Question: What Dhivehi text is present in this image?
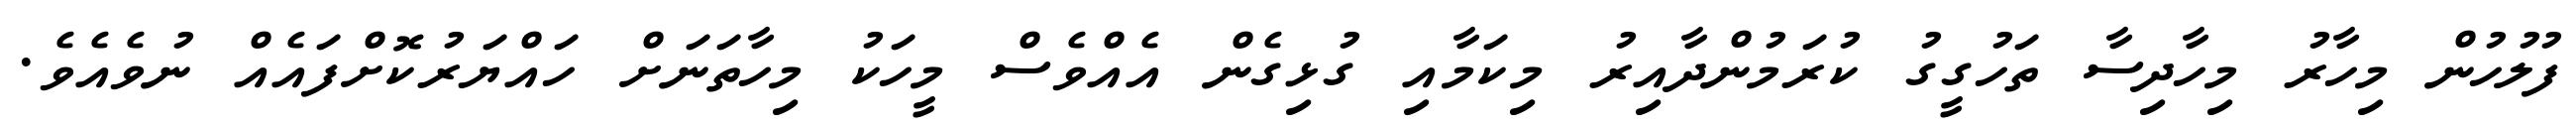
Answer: ފުލުހުން މިހާރު މިހާދިސާ ތަހުގީގު ކުރަމުންދާއިރު މިކަމާއި ގުޅިގެން އެއްވެސް މީހަކު މިހާތަނަށް ހައްޔަރުކޮށްފައެއް ނުވެއެވެ.